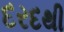
દરદથી